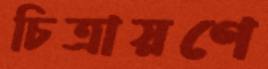
চিত্রায়ণে